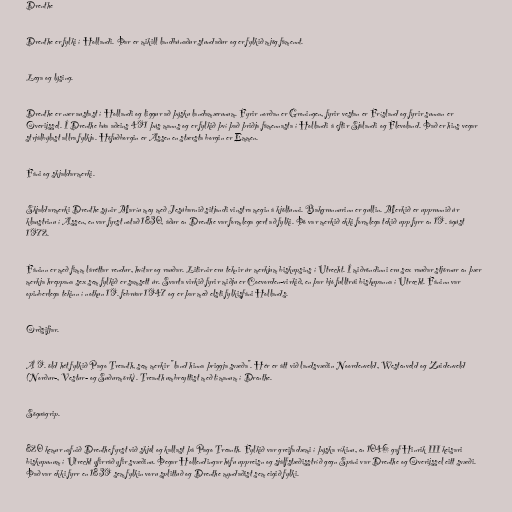
Drenthe

Drenthe er fylki í Hollandi. Þar er mikill landbúnaður stundaður og er fylkið mjög fámennt.

Lega og lýsing.

Drenthe er nær austast í Hollandi og liggur að þýsku landamærunum. Fyrir norðan er Groningen, fyrir vestan er Frísland og fyrir sunnan er
Overijssel. Í Drenthe búa aðeins 491 þús manns og er fylkið því það þriðja fámennasta í Hollandi á eftir Sjálandi og Flevoland. Það er hins vegar
strjálbýlast allra fylkja. Höfuðborgin er Assen en stærsta borgin er Emmen.

Fáni og skjaldarmerki.

Skjaldarmerki Drenthe sýnir Maríu mey með Jesúbarnið sitjandi vinstra megin á kjöltunni. Bakgrunnurinn er gullin. Merkið er upprunnið úr
klaustrinu í Assen, en var fyrst notað 1830, áður en Drenthe var formlega gert að fylki. Þó var merkið ekki formlega tekið upp fyrr en 19. ágúst
1972.

Fáninn er með fimm láréttar rendur, hvítar og rauðar. Litirnir eru teknir úr merkjum biskupsins í Utrecht. Í miðröndinni eru sex rauðar stjörnur en þær
merkja hreppana sex sem fylkið er samsett úr. Svarta virkið fyrir miðju er Coevorden-virkið, en þar bjó fulltrúi biskupanna í Utrecht. Fáninn var
opinberlega tekinn í notkun 19. febrúar 1947 og er þar með elsti fylkisfáni Hollands.

Orðsifjar.

Á 9. öld hét fylkið Pago Treanth, sem merkir "land hinna þriggja svæða". Hér er átt við landsvæðin Noordenveld, Westenveld og Zuidenveld
(Norður-, Vestur- og Suðurmörk). Treanth umbreyttist með tímanum í Drenthe.

Söguágrip.

820 kemur nafnið Drenthe fyrst við skjöl og kallast þá Pago Treanth. Fylkið var greifadæmi í þýska ríkinu, en 1046 gaf Hinrik III keisari
biskupunum í Utrecht yfirráð yfir svæðinu. Þegar Hollendingar hófu uppreisn og sjálfstæðisstríð gegn Spáni var Drenthe og Overijssel eitt svæði.
Það var ekki fyrr en 1839 sem fylkin voru splittuð og Drenthe myndaðist sem eigið fylki.